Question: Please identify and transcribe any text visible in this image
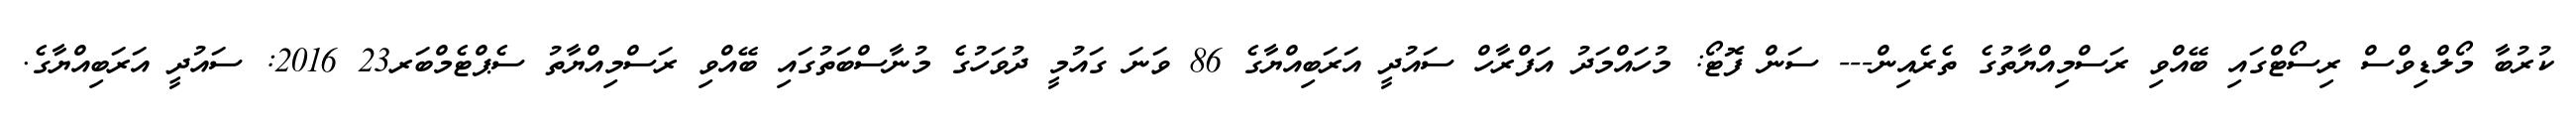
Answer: ކުރުބާ މޯލްޑިވްސް ރިސޯޓްގައި ބޭއްވި ރަސްމިއްޔާތުގެ ތެރެއިން--- ސަން ފޮޓޯ: މުހައްމަދު އަފްރާހް ސައުދީ އަރަބިއްޔާގެ 86 ވަނަ ގައުމީ ދުވަހުގެ މުނާސްބަތުގައި ބޭއްވި ރަސްމިއްޔާތު ސެޕްޓެމްބަރ23 2016: ސައުދީ އަރަބިއްޔާގެ.